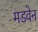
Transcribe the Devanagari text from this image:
मडवेन